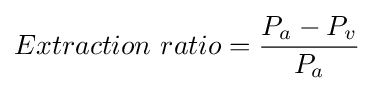
Extraction\ ratio={\frac {P_{a}-P_{v}}{P_{a}}}